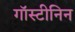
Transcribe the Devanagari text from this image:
गॉस्टीनिन